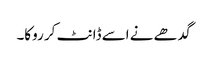
گدھے نے اسے ڈانٹ کر روکا۔